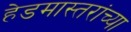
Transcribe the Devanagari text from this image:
हेडमास्तरांच्या